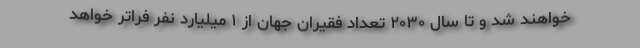
خواهند شد و تا سال ۲۰۳۰ تعداد فقیران جهان از ۱ میلیارد نفر فراتر خواهد